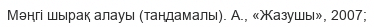
Мәңгі шырақ алауы (таңдамалы). А., «Жазушы», 2007;